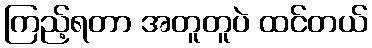
ကြည့်ရတာ အတူတူပဲ ထင်တယ်